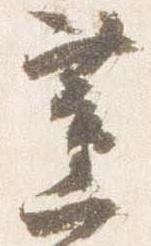
薫